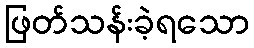
ဖြတ်သန်းခဲ့ရသော